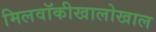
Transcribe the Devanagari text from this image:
मिलवॉकीखालोखाल